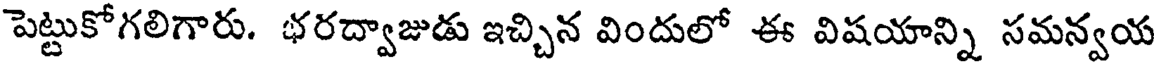
పెట్టుకోగలిగారు. భరద్వాజుడు ఇచ్చిన విందులో ఈ విషయాన్ని సమన్వయ